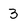
Character: 3